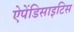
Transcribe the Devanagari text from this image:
ऐपेंडिसाइटिस